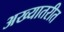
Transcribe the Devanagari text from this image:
अख्यातरीत